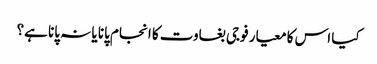
کیا اس کا معیار فوجی بغاوت کا انجام پانا یا نہ پانا ہے؟